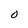
Character: O